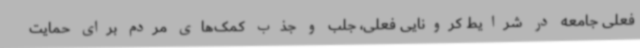
فعلی جامعه در شرایط کرونایی فعلی، جلب و جذب کمک‌های مردم برای حمایت